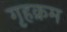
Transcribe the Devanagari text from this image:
गृहक्रम